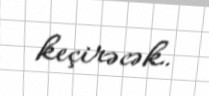
keçirəcək.